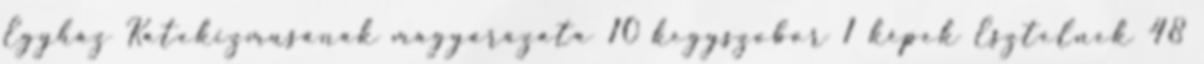
Egyház Katekizmusának magyarázata 10 kegyszobor 1 képek Esztelnek 48